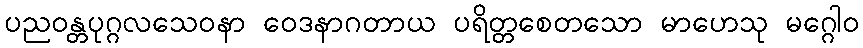
ပညဝန္တပုဂ္ဂလသေဝနာ ဝေဒနာဂတာယ ပရိတ္တစေတသော မာဟေသု မဂ္ဂေါဝ